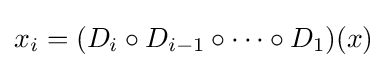
x_{i}=(D_{i}\circ D_{i-1}\circ \cdots \circ D_{1})(x)